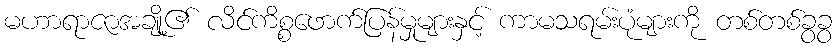
မဟာရာဇာအချို့၏ လိင်ကိစ္စဖောက်ပြန်မှုများနှင့် ကာမသရမ်းပုံများကို တစ်တစ်ခွခွ